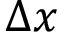
\Delta x